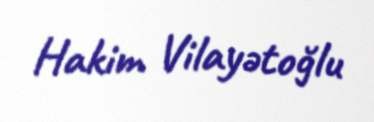
Hakim Vilayətoğlu